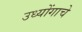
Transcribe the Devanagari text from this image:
उध्योंगाचे